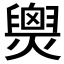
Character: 𤐫